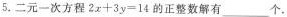
5.二元一次方程$$ 2x + 3y = 14 $$的正整数解有____个。